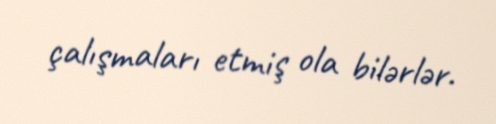
çalışmaları etmiş ola bilərlər.